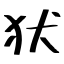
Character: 犾